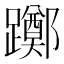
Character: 躑